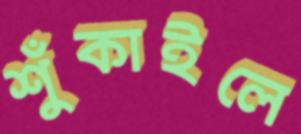
শুঁকাইলে